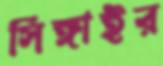
সিঙ্গাইর